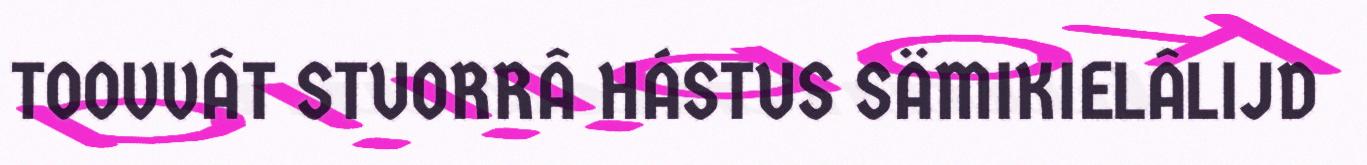
TOOVVÂT STUORRÂ HÁSTUS SÄMIKIELÂLIJD